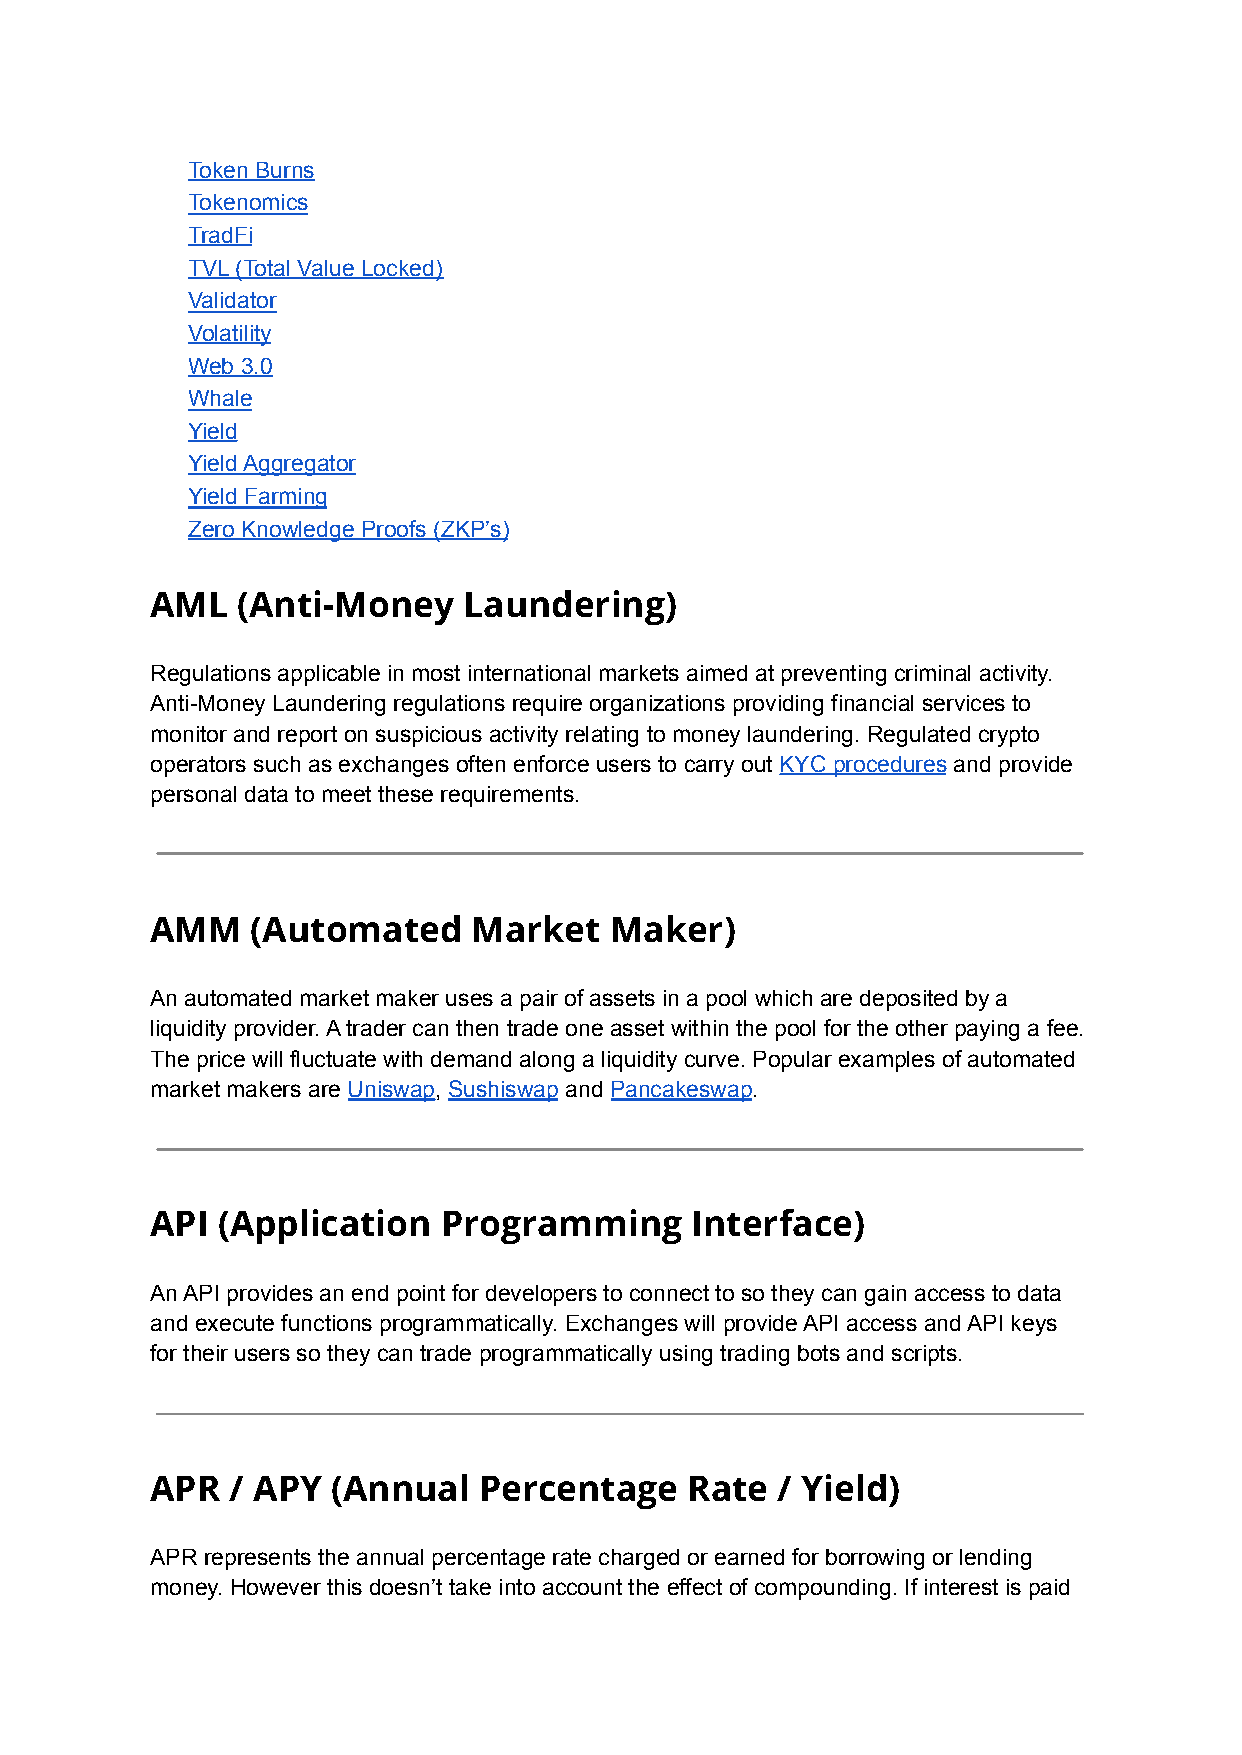
Token Burns
 Tokenomics
 TradFi
 TVL (Total Value Locked)
 Validator
 Volatility
 Web 3.0
 Whale
 Yield
 Yield Aggregator
 Yield Farming
 Zero Knowledge Proofs (ZKP’s)
 AML   (Anti-Money    Laundering)
 Regulations applicable in most international markets aimed at preventing criminal activity.
 Anti-Money Laundering regulations require organizations providing financial services to
 monitor and report on suspicious activity relating to money laundering. Regulated crypto
 operators such as exchanges often enforce users to carry out KYC procedures and provide
 personal data to meet these requirements.
 AMM    (Automated    Market   Maker)
 An automated market maker uses a pair of assets in a pool which are deposited by a
 liquidity provider. A trader can then trade one asset within the pool for the other paying a fee.
 The price will fluctuate with demand along a liquidity curve. Popular examples of automated
 market makers are Uniswap, Sushiswap and Pancakeswap.
 API (Application   Programming      Interface)
 An API provides an end point for developers to connect to so they can gain access to data
 and execute functions programmatically. Exchanges will provide API access and API keys
 for their users so they can trade programmatically using trading bots and scripts.
 APR  / APY  (Annual   Percentage   Rate  / Yield)
 APR represents the annual percentage rate charged or earned for borrowing or lending
 money. However this doesn’t take into account the effect of compounding. If interest is paid